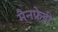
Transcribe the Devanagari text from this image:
मैनफ्रेडी